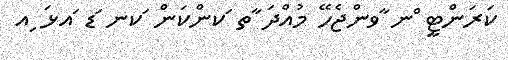
ކަރަންޓީ ްނ ާވންޖެހޭ މުއްދަ ާތ ަކންކަން ަކނ ަޑ ައޅަ ިއ